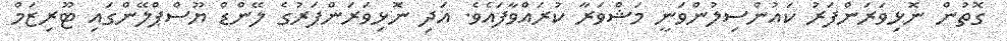
ގޮތުން ނޮޅިވަރަންފަރު ކައުންސިލުންވަނީ މަޝްވަރާ ކުރައްވާފައެވެ. އަދި ނޮޅިވަރަންފަރުގެ ލޭންޑް ޔޫސްޕްލޭންގައި ޓޫރިޒަމް